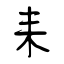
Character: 耒